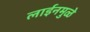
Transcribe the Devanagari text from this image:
लाईनमुळे